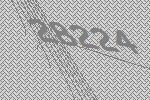
28224